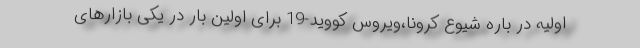
اولیه در باره شیوع کرونا،ویروس کووید-19 برای اولین بار در یکی بازارهای